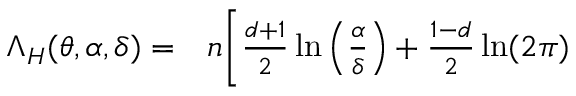
\begin{array} { r l } { \Lambda _ { \cal H } ( \ensuremath { \boldsymbol { \theta } } , \alpha , \delta ) = } & { { } n \Bigg [ \frac { d + 1 } { 2 } \ln \left( \frac { \alpha } { \delta } \right) + \frac { 1 - d } { 2 } \ln ( 2 \pi ) } \end{array}